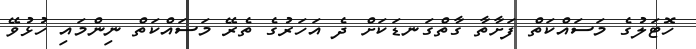
ހޮޓަލުގެ މަސައްކަތް ފަށާތާ ގާތްގަނޑަކަށް ދެ އަހަރުގެ ތެރޭ މަސައްކަތް ނިންމައި ހުޅުވޭ